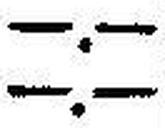
—.—